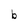
Character: b